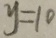
y = 1 0